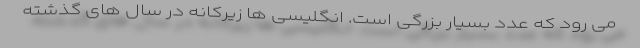
می رود که عدد بسیار بزرگی است. انگلیسی ها زیرکانه در سال های گذشته